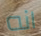
انه